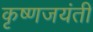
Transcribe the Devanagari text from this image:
कृष्णजयंती